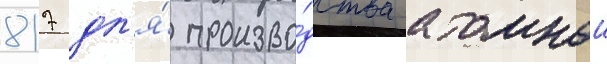
817 дл'я́ произво́дства атомнои